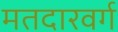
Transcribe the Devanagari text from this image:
मतदारवर्ग